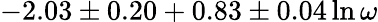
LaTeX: -2.03\pm 0.20+0.83\pm 0.04\ln\omega